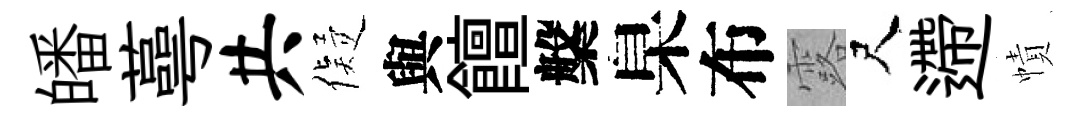
皤蕚共儗與饘槃臬布露尺遰幘